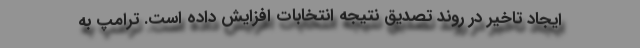
ایجاد تاخیر در روند تصدیق نتیجه انتخابات افزایش داده است. ترامپ به